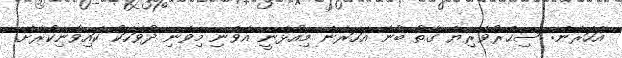
އަހަރެން: ސިޙްރުވެރިޔާ ގާތު ބުނޭ އަހަރެން މިއުޅެނީ އެވެނި މިވެނި ދުވަހަކު ކައިވެނިކުރާށޭ.